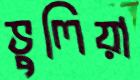
ভুলিয়া